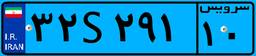
۳۲S۲۹۱۱۰